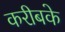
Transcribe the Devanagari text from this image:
करीबके